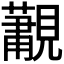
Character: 𮗛